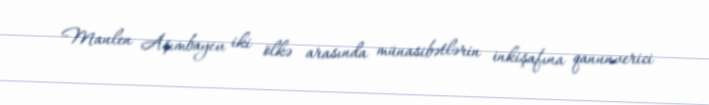
Maulen Aşımbayev iki ölkə arasında münasibətlərin inkişafına qanunverici